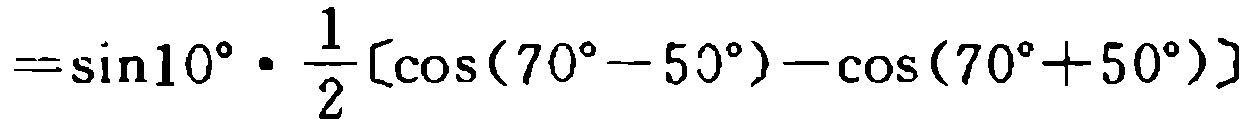
$=\sin10^{\circ}\cdot \frac{1}{2}[\cos(70^{\circ}-50^{\circ})-\cos(70^{\circ}+50^{\circ})]$